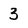
Character: 3